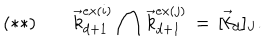
( * * ) \, \, \, \, \, \, \, \, \, \, \, \, \vec { k } _ { d + 1 } ^ { e x ( i ) } \, \bigcap \, \vec { k } _ { d + 1 } ^ { e x ( j ) } \, = \, [ \vec { k } _ { d } ] _ { J } .